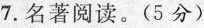
7.名著阅读。(5分)